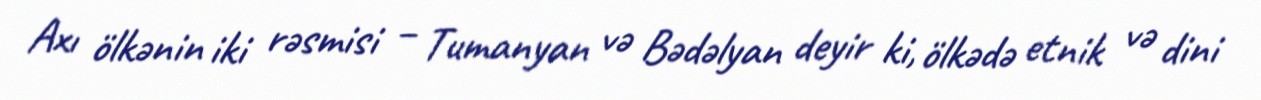
Axı ölkənin iki rəsmisi – Tumanyan və Bədəlyan deyir ki, ölkədə etnik və dini